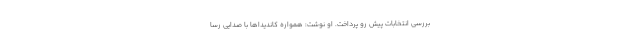
بررسی انتخابات پیش رو پرداخت. او نوشت: همواره کاندیداها با صدایی رسا